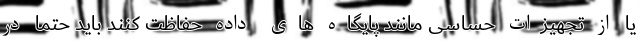
یا از تجهیزات حساسی مانند پایگاه ‌های داده حفاظت کنند باید حتماً در